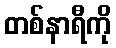
တစ်နာရီကို